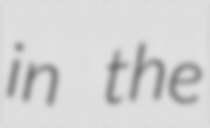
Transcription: in the